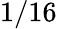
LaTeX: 1/16